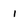
Character: l